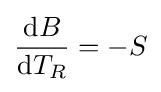
{\frac {\mathrm {d} B}{\mathrm {d} T_{R}}}=-S